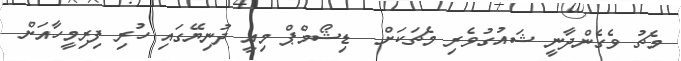
މެޗު ވެގެންދާނީ ޝައުގުވެރި މެޗަކަށް  ޑިޝޯމްޕް މިއީ ދުނިޔޭގައި ހުރި ފިރިމީހާއަށް